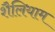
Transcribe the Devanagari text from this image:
शैलियाम